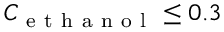
C _ { \mathrm { ~ e ~ t ~ h ~ a ~ n ~ o ~ l ~ } } \leq 0 . 3